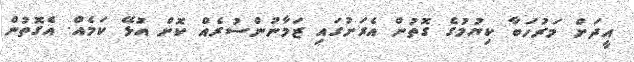
އީދަށް މަރުހަބާ ކިޔުމުގެ ގޮތުން އެރަށުގައި ޒަމާނުންސުރެއް ކޮށް އުޅޭ ކަމެއް. އެގޮތުން